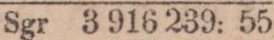
Sgr 3 916 239: 55